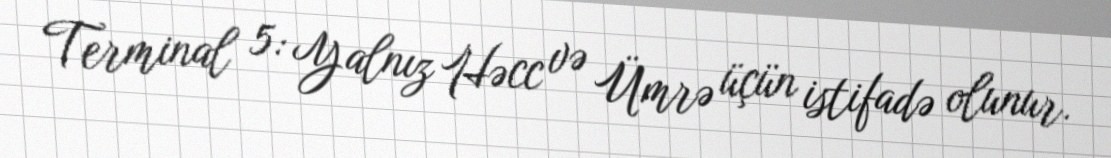
Terminal 5: Yalnız Həcc və Ümrə üçün istifadə olunur.